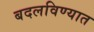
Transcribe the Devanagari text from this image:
बदलविण्यात